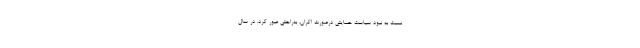
نسبت به نبود سیاست حمایتی درصورت اکران، به‌راحتی عبور کرد. در سال